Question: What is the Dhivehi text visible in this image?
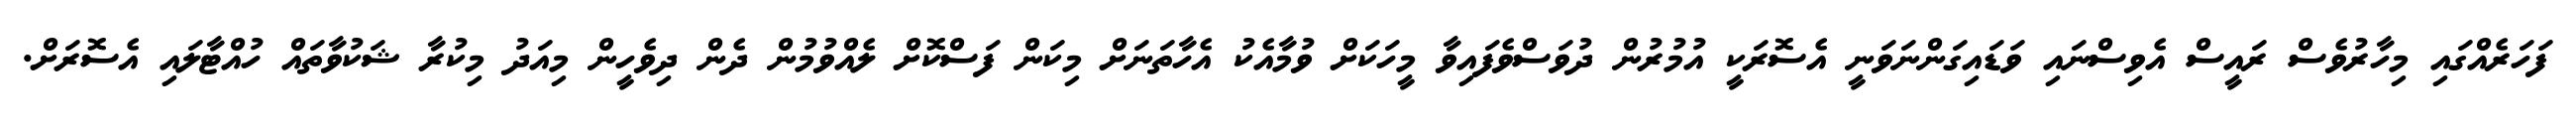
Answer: ފަހަރެއްގައި މިހާރުވެސް ރައީސް އެވިސްނައި ވަޑައިގަންނަވަނީ އެސޮރަކީ އުމުރުން ދުވަސްވެފައިވާ މީހަކަށް ވުމާއެކު އެހާތަނަށް މިކަން ފަސްކޮށް ލެއްވުމުން ދެން ދިވެހީން މިއަދު މިކުރާ ޝަކުވާތައް ހުއްޓާލައި އެސޮރަށް.